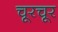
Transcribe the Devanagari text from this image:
चूरचूर